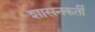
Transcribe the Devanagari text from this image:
शासनकर्ती